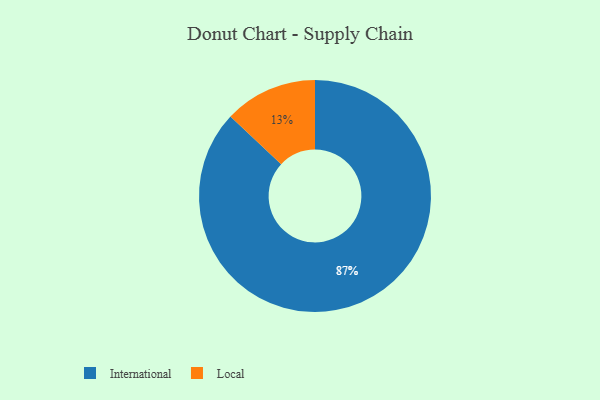
{"axis": {"x": "Category", "y": "Percentage"}, "legend": ["International", "Local"], "data": [{"x": "International", "y": 87, "type": "International"}, {"x": "Local", "y": 13, "type": "Local"}]}